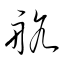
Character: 航